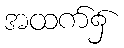
အထက်၌